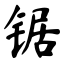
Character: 锯